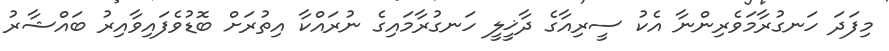
މިފަދަ ހަނގުރާމަވެރިންނާ އެކު ސީރިއާގެ ދާޚީލީ ހަނގުރާމައިގެ ނުރައްކާ އިތުރަށް ބޮޑުވެފައިވާއިރު ބައްޝާރު